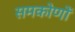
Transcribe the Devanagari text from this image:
समकोणों